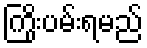
ကြိုးပမ်းရမည်